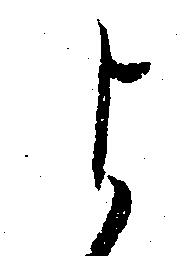
よ